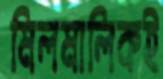
মিলমালিকই